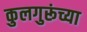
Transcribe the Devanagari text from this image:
कुलगुरूंच्या